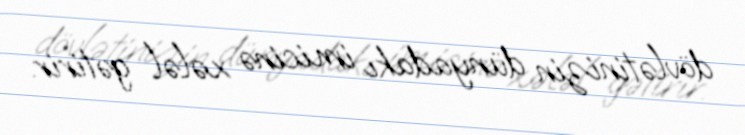
dövlətinizin dünyadakı imicinə xələl gətirir.